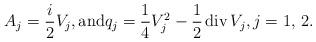
LaTeX: \begin{align*} A_{j}=\frac{i}{2}V_{j}, \mbox{and} q_{j}=\frac{1}{4}{V_{j}^{2}}-\frac{1}{2}\,\mbox{div}\, V_{j},j=1,\,2. \end{align*}